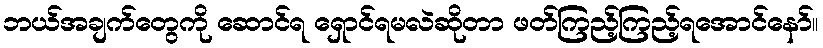
ဘယ်အချက်တွေကို ဆောင်ရ ရှောင်ရမလဲဆိုတာ ဖတ်ကြည့်ကြည့်ရအောင်နော်။